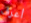
أعرف